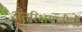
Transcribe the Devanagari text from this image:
अंतरिक्षयात्रीयो